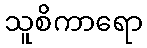
သူစိကာရော